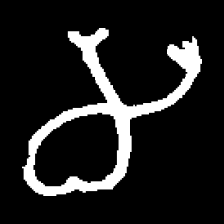
Pyu character \u2014 Myanmar letter: မ (romanized: ma)